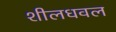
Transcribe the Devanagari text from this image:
शीलधवल